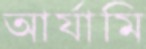
আর্যামি